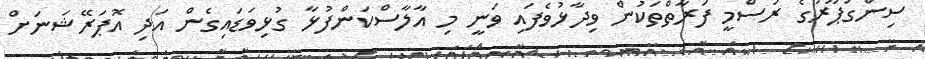
ސިންގަޕޫރުގެ ރަސްމީ ފަރާތްތަކުން ވިދާޅުވެފައި ވަނީ މި އާލާސްކަންފުޅާ ގުޅިވަޑައިގެން އަދި އޮޕަރޭޝަނަށް